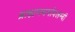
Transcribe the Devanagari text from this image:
ब्राह्मणधर्मावलम्बी